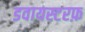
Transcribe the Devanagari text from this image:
डवायस्टरफ़